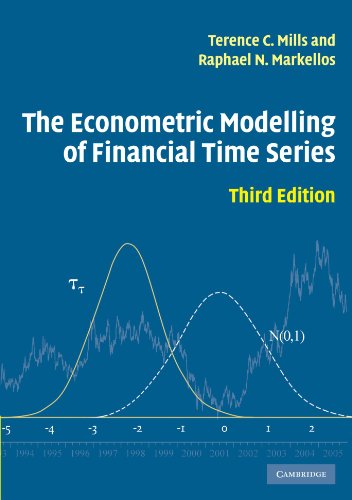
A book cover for The Econometric Modelling of Financial Time Series; Terence C. Mills; Law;